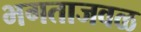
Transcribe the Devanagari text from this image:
भगताजवळ